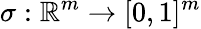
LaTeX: \sigma:\mathbb{R}^{m}\rightarrow[0,1]^{m}